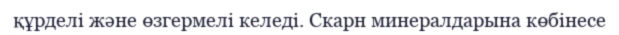
құрделі және өзгермелі келеді. Скарн минералдарына көбінесе